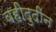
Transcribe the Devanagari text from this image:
वहीदुदीन